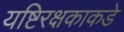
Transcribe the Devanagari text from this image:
यष्टिरक्षकाकडे